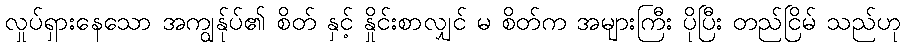
လှုပ်ရှားနေသော အကျွန်ုပ်၏ စိတ် နှင့် နှိုင်းစာလျှင် မ စိတ်က အများကြီး ပိုပြီး တည်ငြိမ် သည်ဟု